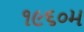
૧૯૬૦મ